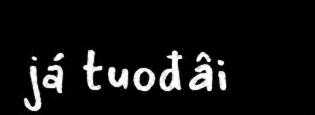
já tuođâi